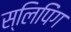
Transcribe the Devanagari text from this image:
स्लिपिंग